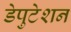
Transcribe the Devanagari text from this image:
डेपुटेशन